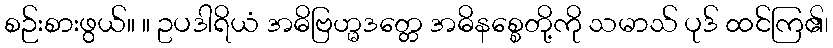
စဉ်းစားဖွယ်။ ။ ဥပဒါရိယံ အဓိဗြဟ္မဒတ္တေ အဓိနစ္စေတို့ကို သမာသ် ပုဒ် ထင်ကြ၏၊